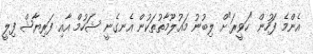
އެންމެ ފަހުން "ހަވީރަ"ށް ލިބުނު މައުލޫމާތުތަކުން އެނގެނީ ޝަހުމް އާއި ފަރިޔާޝް ފިލީ